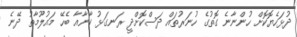
ދުޅަހެޔޮކޮށް ހުންނާނެ ގޮތުގެ ހުނަރުތައް ދަސްކޮށްދީ ރަނގަޅު ކާނާއާ ބެހޭ މައުލޫމާތު ދޭނެ